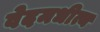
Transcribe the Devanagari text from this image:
वेदमधीत्य